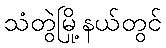
သံတွဲမြို့နယ်တွင်